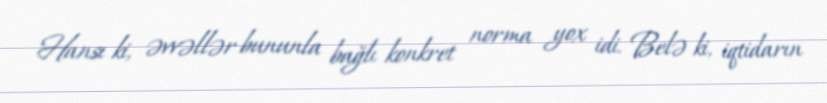
Hansı ki, əvvəllər bununla bağlı konkret norma yox idi. Belə ki, iqtidarın